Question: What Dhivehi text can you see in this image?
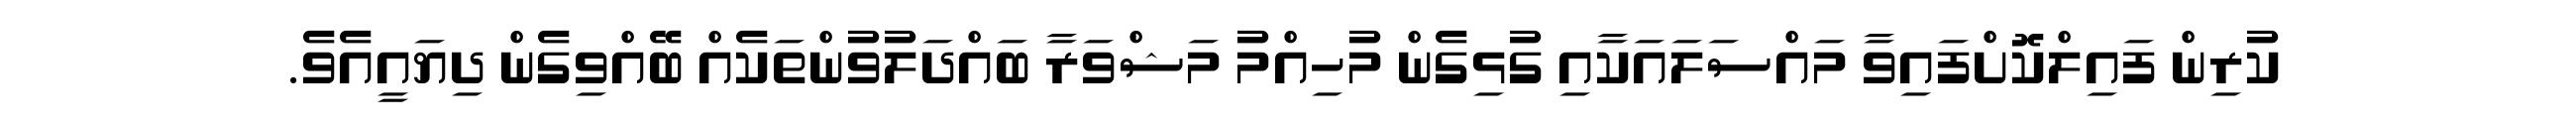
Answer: ކުރިން ފައިލްކޮށްފައިވާ މައްސަލައަކާއި ގުޅިގެން މުހިއްމު މަޝްވަރާ ބައްދަލުވުންތަކެއް ބޭއްވިގެން ދިޔައީއެވެ.